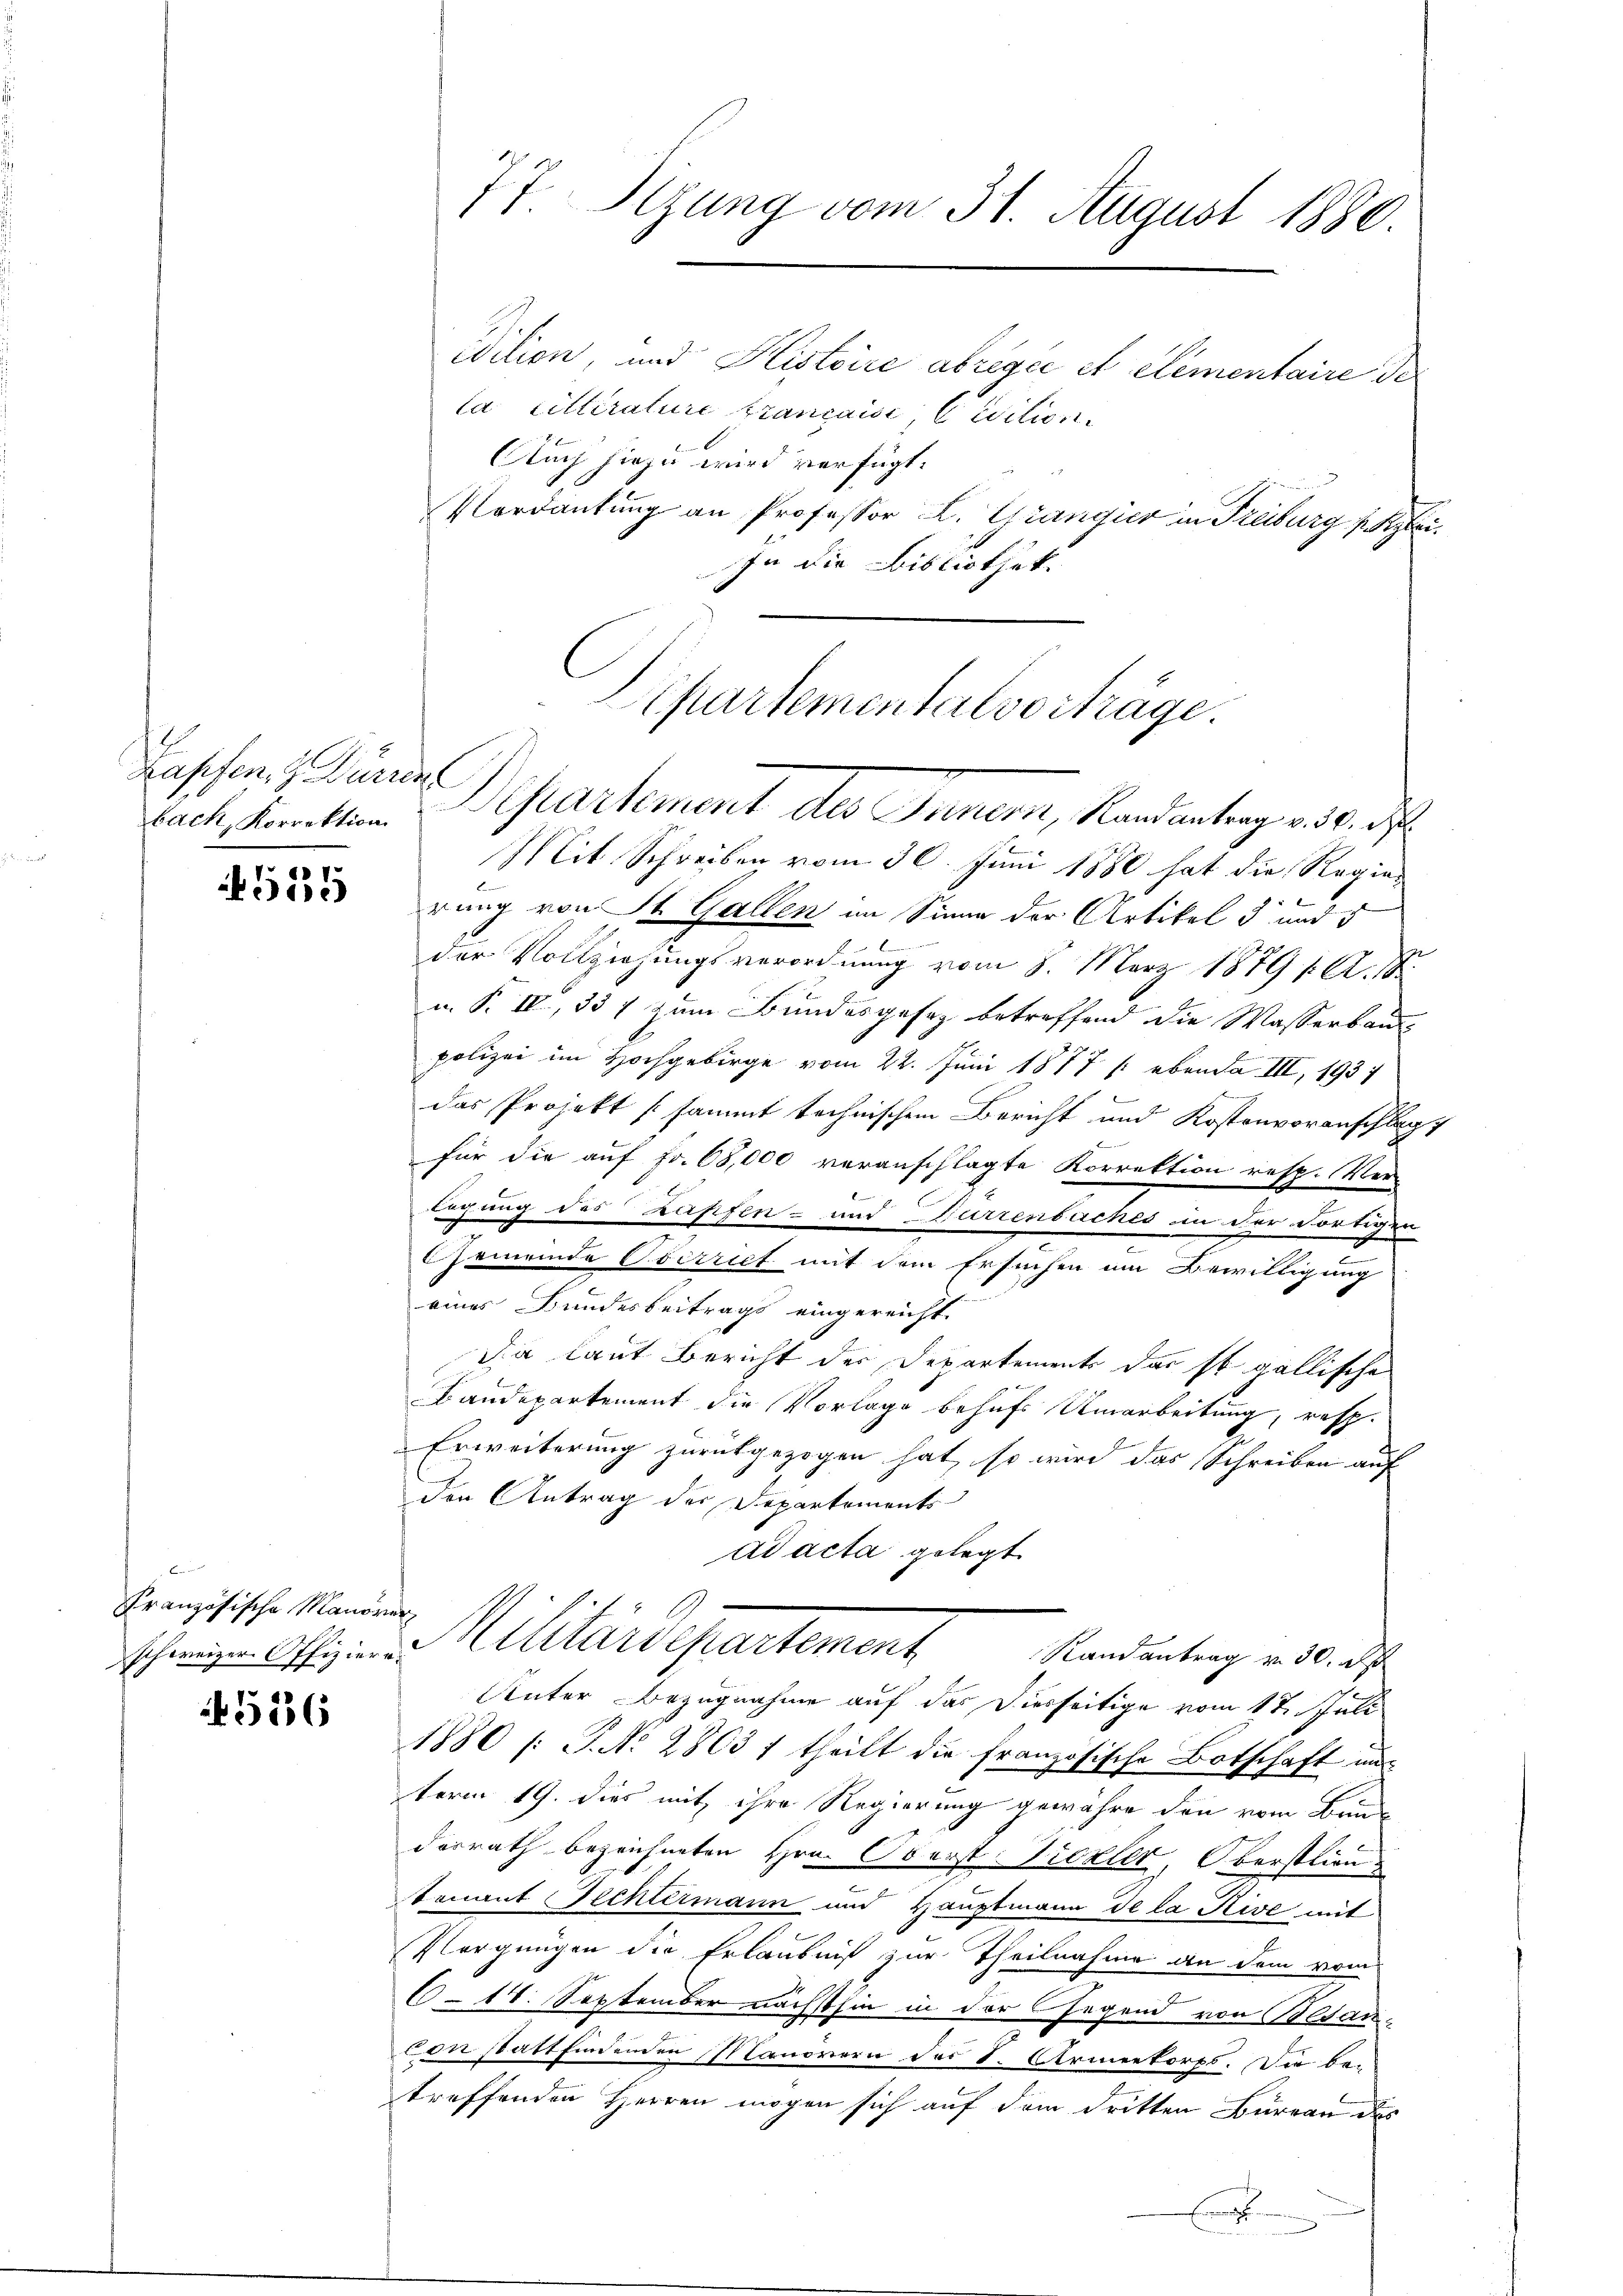
Kapfen, Dürrent
bach, Korrektion

515

Französische Manöver
schweizer Offiziere.

556

idition, und Histoire abrigée et elementaire de
la Litterature françaisi Civition.
Auch hiezu wird verfügt:
Verdankung an Professor L. Gränger in Freiburg sei¬
In die Bibliothek.

77 Sizung vom 31. August 1880.

Departementalverträge.

Departement des Innern, Randantrag v. 3. d.
Mit Schreiben vom 30. Juni 1880 hat die Regien
rung von St. Gallen im Sinne der Artikel 3 und 5
der Vollziehungsverordnung vom 8. März 1879 f. A. S.
u. P. IV, 337 zum Bundesgesez betreffend die Wasserbau
polizei im Hochgebirge vom 22. Juni 1877 (: ebenda III, 1937
das Projekt sammt technischen Bericht und Kostenvoranschlag
für die auf Fr. 68,000 veranschlagte Korrektion resp. Ver-
6
2
legung des Zapfen- und Curiensiches in der dortigen
Gemeinde Oberrict mit dem Ersuchen im Bewilligung
eines Bundesbeitrags eingereicht.
Da laut Bericht der Departements das so gallische
Baudepartement die Vorlage behufs Umarbeitung, resp.
Erweiterung zurückgezogen hat, so wird das Schreiben auf
Den Antrag der Departements
ad acta gelegt
Militärdepartement Randantrag v. 30. d
Unter Bezugnahme auf das Diesseitige vom 17. Juli
1880 /: P. N. 2803 1 theilt die französische Botschaft un
term 19. dies mit ihre Regierung gewähre den vom Bunde
dorrath bezeichneten Hrn. Oberst-Prozler Oberstlieu¬
Sonant Fechtermann und Hauptmann de la Rive mit
Vergungen die Erlaubniß zur Theilnahme an dem vom
614. September nächsthin in der Gegend von Soldan¬
Con statt findenden Manorern des S. Armeekorps. Die be-
treffenden Herren mögen sich auf dem dritten Bureau des
t